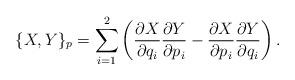
LaTeX: \begin{align*}\{X,Y\}_p = \sum_{i=1}^2\left( \frac{\partial X}{\partial q_i}\frac{\partial Y}{\partial p_i} - \frac{\partial X}{\partial p_i}\frac{\partial Y}{\partial q_i}\right).\end{align*}